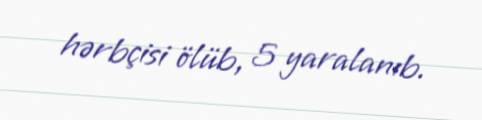
hərbçisi ölüb, 5 yaralanıb.